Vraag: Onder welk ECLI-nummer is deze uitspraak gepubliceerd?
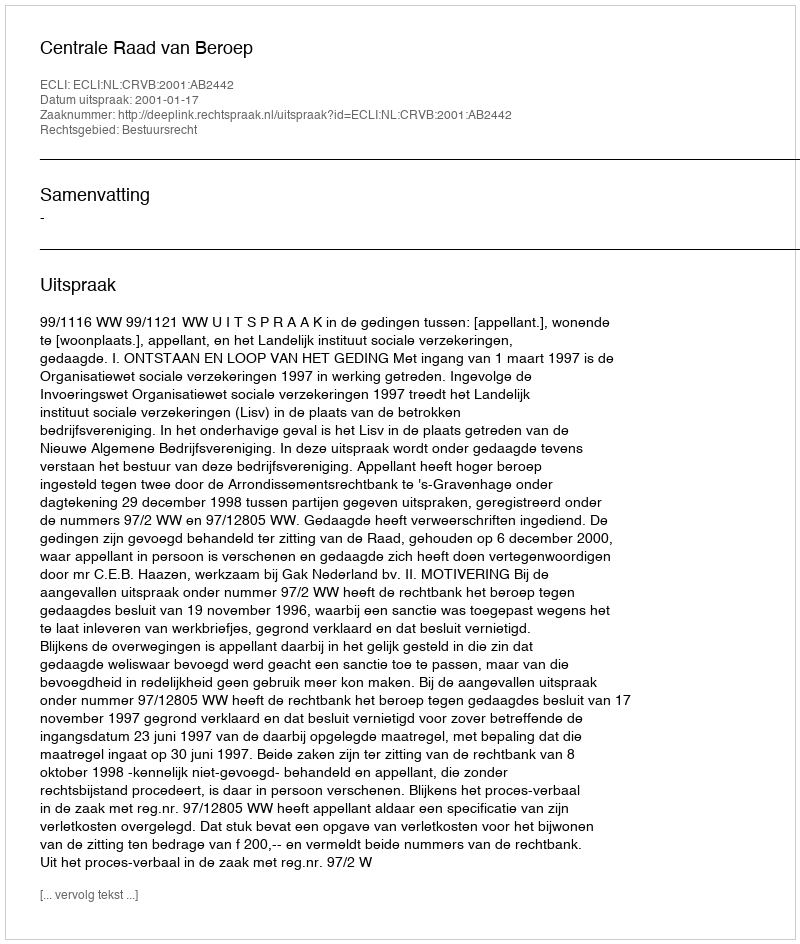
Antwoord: ECLI:NL:CRVB:2001:AB2442